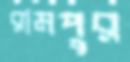
রামপুর